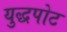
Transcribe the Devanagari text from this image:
युद्धपोट